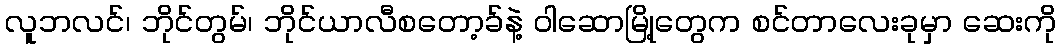
လူဘလင်၊ ဘိုင်တွမ်၊ ဘိုင်ယာလီစတော့ခ်နဲ့ ဝါဆောမြို့တွေက စင်တာလေးခုမှာ ဆေးကို